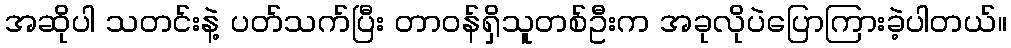
အဆိုပါ သတင်းနဲ့ ပတ်သက်ပြီး တာဝန်ရှိသူတစ်ဦးက အခုလိုပဲပြောကြားခဲ့ပါတယ်။